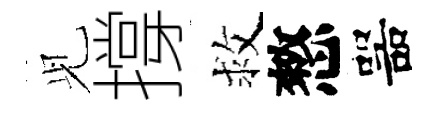
𫤗撐救憗噐